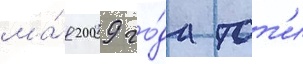
ма́я 2009 го́да тот'и